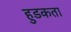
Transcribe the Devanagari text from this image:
हुडकता